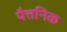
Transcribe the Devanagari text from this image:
पैत्तनिक